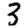
Digit: 3